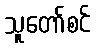
သူတော်စင်